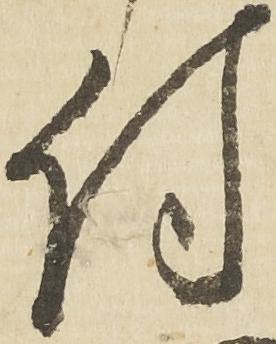
付